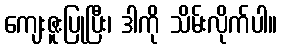
ကျေးဇူးပြုပြီး၊ ဒါကို သိမ်းလိုက်ပါ။